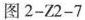
图2-Z2-7